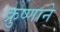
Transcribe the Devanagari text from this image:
क्रुष्णाने